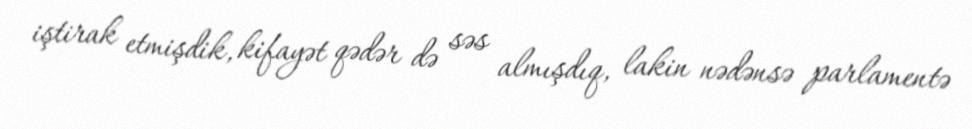
iştirak etmişdik, kifayət qədər də səs almışdıq, lakin nədənsə parlamentə